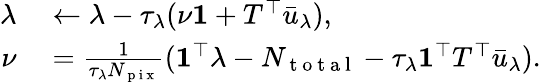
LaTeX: \begin{array}{rl}{\lambda}&{{}\leftarrow\lambda-\tau_{\lambda}(\nu\mathbf{1}+T^{\top}\bar{u}_{\lambda}),}\\ {\nu}&{{}=\frac{1}{\tau_{\lambda}N_{\mathrm{~p~i~x~}}}(\mathbf{1}^{\top}\lambda-N_{\mathrm{~t~o~t~a~l~}}-\tau_{\lambda}\mathbf{1}^{\top}T^{\top}\bar{u}_{\lambda}).}\end{array}